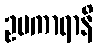
ဥပကာရာနိ